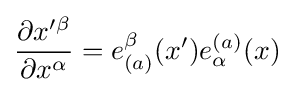
{\frac {\partial x^{\prime \beta }}{\partial x^{\alpha }}}=e_{(a)}^{\beta }(x^{\prime })e_{\alpha }^{(a)}(x)